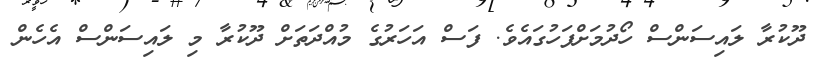
ދޫކުރާ ލައިސަންސް ހޯދުމަށްފަހުގައެވެ. ފަސް އަހަރުގެ މުއްދަތަށް ދޫކުރާ މި ލައިސަންސް އެހެން